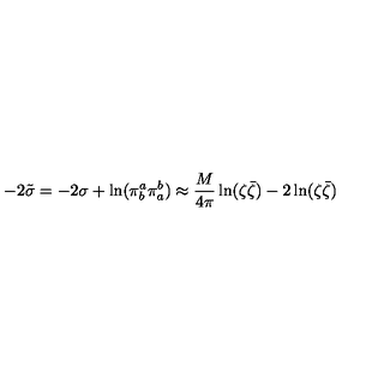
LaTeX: - 2 \tilde { \sigma } = - 2 \sigma + \ln ( \pi _ { b } ^ { a } \pi _ { a } ^ { b } ) \approx \frac { M } { 4 \pi } \ln ( \zeta \bar { \zeta } ) - 2 \ln ( \zeta \bar { \zeta } )